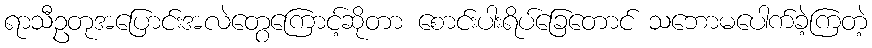
ရာသီဥတုအပြောင်းအလဲတွေကြောင့်ဆိုတာ စောင်းပါးရိပ်ခြေတောင် သဘောမပေါက်ခဲ့ကြတဲ့